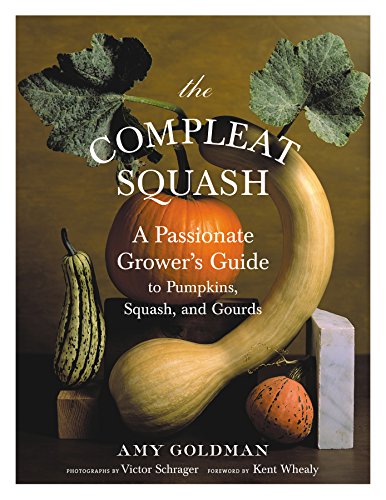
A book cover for The Compleat Squash; Amy Goldman; Crafts, Hobbies & Home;